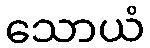
သောယံ